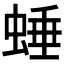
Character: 𧌯